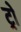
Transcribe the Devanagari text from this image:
ट्रो